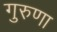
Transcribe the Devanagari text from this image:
गुरुणा